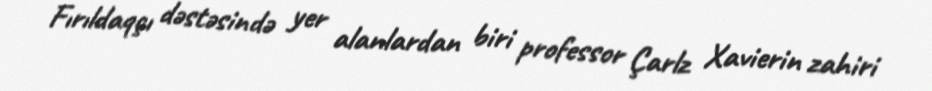
Fırıldaqçı dəstəsində yer alanlardan biri professor Çarlz Xavierin zahiri